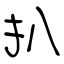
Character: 扒